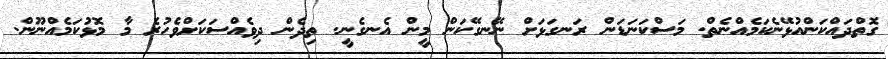
ގޮތްދައްކަންއުޅޭނެކަމެއްނެތް. މަސްކަނަޑަން ރަނގަޅަށް ނޭނގޭކަން މީން އެނގެނީ. ތިދެން ދިވެއްސަކަށްވެހުރެ މާ މޮޅުކަމެއްނޫން.